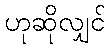
ဟုဆိုလျှင်